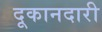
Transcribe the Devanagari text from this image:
दूकानदारी